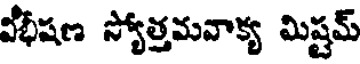
వీభీషణ స్యోత్తమవాక్య మిష్టమ్